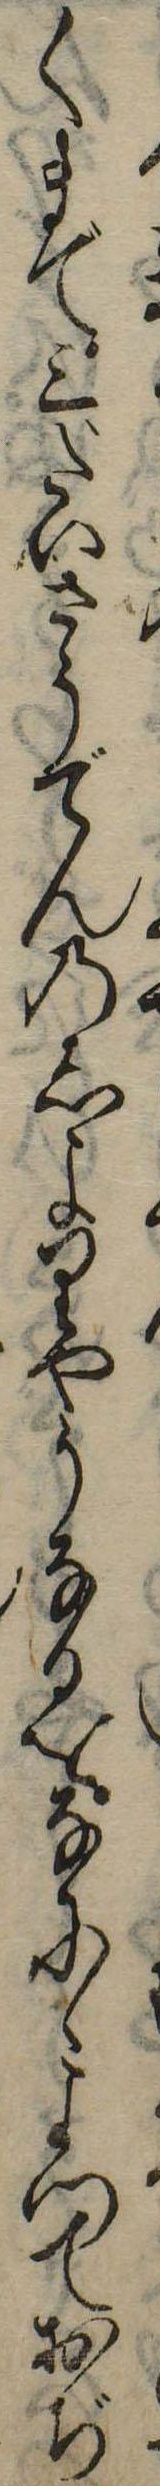
くまで三だいさうでんのしよりやうなるをなにゝよつておぢ